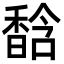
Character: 馠